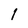
Character: I